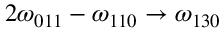
2 \omega _ { 0 1 1 } - \omega _ { 1 1 0 } \to \omega _ { 1 3 0 }